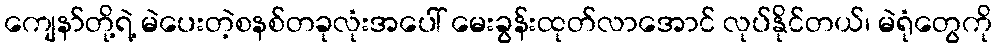
ကျေနာ်တို့ရဲ့ မဲပေးတဲ့စနစ်တခုလုံးအပေါ် မေးခွန်းထုတ်လာအောင် လုပ်နိုင်တယ်၊ မဲရုံတွေကို